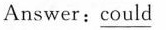
Answer:\underline {could }